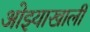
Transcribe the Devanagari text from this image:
ओझ्याखालीं